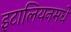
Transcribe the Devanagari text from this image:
इटालियनमधे